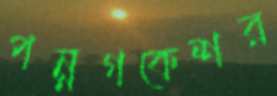
পন্নগকেশর